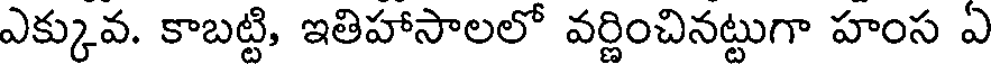
ఎక్కువ. కాబట్టి, ఇతిహాసాలలో వర్ణించినట్టుగా హంస ఎ